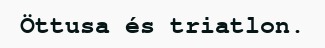
Öttusa és triatlon.